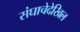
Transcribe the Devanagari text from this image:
संघाचेदेखिल